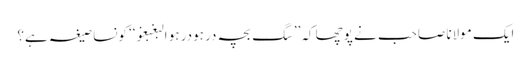
ایک مولانا صاحب نے پوچھا کہ’’سگ بچہ در ہودر ہو البغبغو‘‘ کونسا صیغہ ہے؟